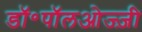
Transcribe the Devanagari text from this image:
डॉ॰पॉलओज्ज़ी